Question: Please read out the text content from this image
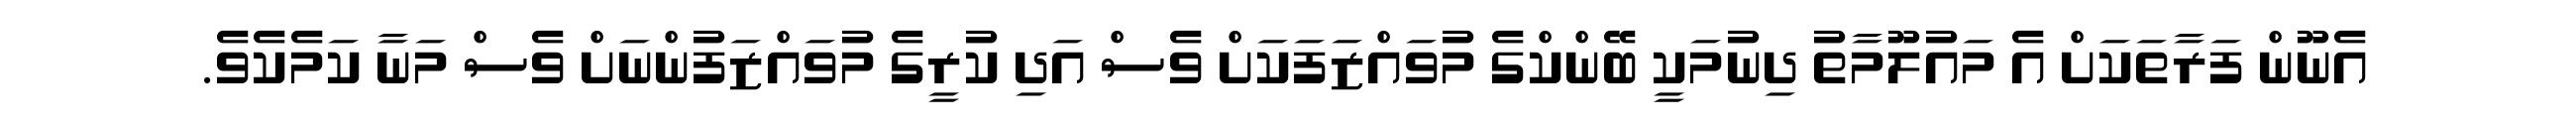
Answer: އެނޫން ފަރާތަކަށް އެ މައުލޫމާތު ދިނުމަކީ ބޭންކްގެ މުވައްޒަފަކަށް ވެސް އަދި ކުރީގެ މުވައްޒަފުންނަށް ވެސް މަނާ ކަމެކެވެ.